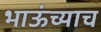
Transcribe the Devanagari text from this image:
भाऊंच्याच